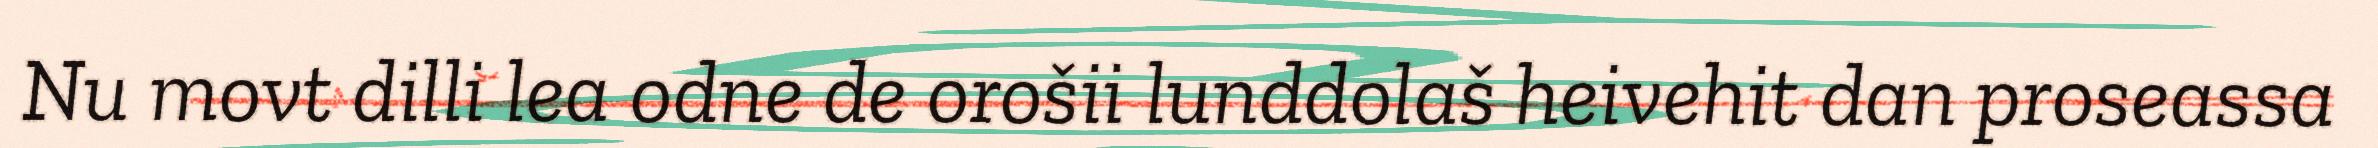
Nu movt dilli lea odne de orošii lunddolaš heivehit dan proseassa